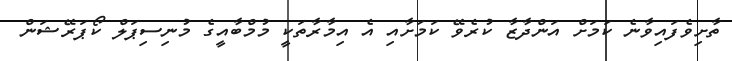
ތާށިވެފައިވާނެ ކަމަށް އަންދާޒާ ކުރެވޭ ކަމަށާއި އެ އިމާރާތަކީ މުމްބާއީގެ މުނިސިޕަލް ކޯޕަރޭޝަން